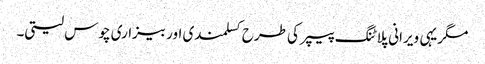
مگریہی ویرانی پلاٹنگ پیپر کی طرح کسلمندی اور بیزاری چوس لیتی۔